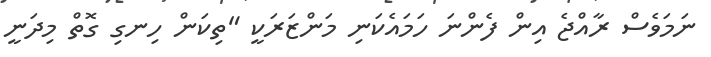
ނަމަވެސް ރާއްޖެ އިން ފެންނަ ހަމައެކަނި މަންޒަރަކީ "ތިކަން ހިނގި ގޮތް މިދަނީ